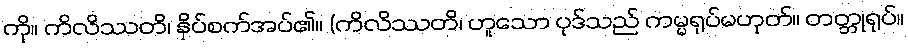
ကို။ ကိလိဿတိ၊ နှိပ်စက်အပ်၏။ (ကိလိဿတိ၊ ဟူသော ပုဒ်သည် ကမ္မရုပ်မဟုတ်။ တတ္တုရုပ်။